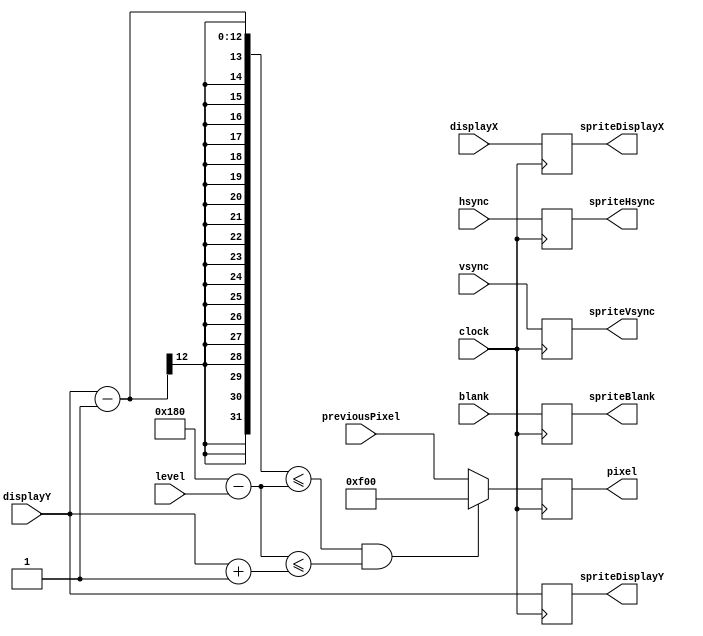

module HorizontalLineSprite
    #(parameter DATA_IN_BITS = 12,
                DISPLAY_X_BITS = 12,
                DISPLAY_Y_BITS = 12,
                RGB_BITS = 12,
                RGB_COLOR = 12'hF00,  // red
                DISPLAY_WIDTH = 1024,
                DISPLAY_HEIGHT = 768,
                HEIGHT_ZERO_PIXEL = DISPLAY_HEIGHT/2,
                ADDITIONAL_LINE_PIXELS = 1  //number of colored pixels below and on top of the actual wave
                )
    (input clock,
    input signed [DATA_IN_BITS-1:0] level,
    input [DISPLAY_X_BITS-1:0] displayX,
    input [DISPLAY_Y_BITS-1:0] displayY,
    input hsync,
    input vsync,
    input blank,
    input [RGB_BITS-1:0] previousPixel,
    output reg [RGB_BITS-1:0] pixel,
    output reg [DISPLAY_X_BITS-1:0] spriteDisplayX,
    output reg [DISPLAY_Y_BITS-1:0] spriteDisplayY,
    output reg spriteHsync,
    output reg spriteVsync,
    output reg spriteBlank
    );
    
    // figure out horiz location on screen
    // this has to be unsigned!
    wire [DATA_IN_BITS-1:0] dataScreenLocation;
    assign dataScreenLocation = HEIGHT_ZERO_PIXEL - level;
    
    always @(posedge clock) begin
        if (displayY - ADDITIONAL_LINE_PIXELS <= dataScreenLocation &&
            dataScreenLocation <= displayY + ADDITIONAL_LINE_PIXELS)
            pixel <= RGB_COLOR;
        else
            pixel <= previousPixel;
            
        spriteDisplayX <= displayX;
        spriteDisplayY <= displayY;
        spriteHsync <= hsync;
        spriteVsync <= vsync;
        spriteBlank <= blank;
    end   
endmodule